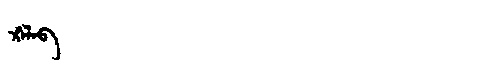
Manchu: ᡤ᠋ᠠᠯᠠᠪ
Romanization: G'ALAB